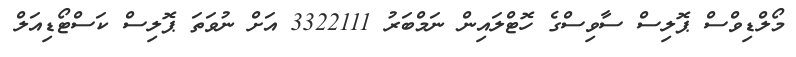
މޯލްޑިވްސް ޕޮލިސް ސާވިސްގެ ހޮޓްލައިން ނަމްބަރު 3322111 އަށް ނުވަތަ ޕޮލިސް ކަސްޓޯޑިއަލް